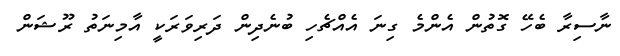
ނާސިރާ ބެހޭ ގޮތުން އެންމެ ގިނަ އެއްޗެހި ބުނެދިން ދަރިވަރަކީ އާމިނަތު ރޫޝަން